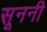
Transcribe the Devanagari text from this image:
सूननी